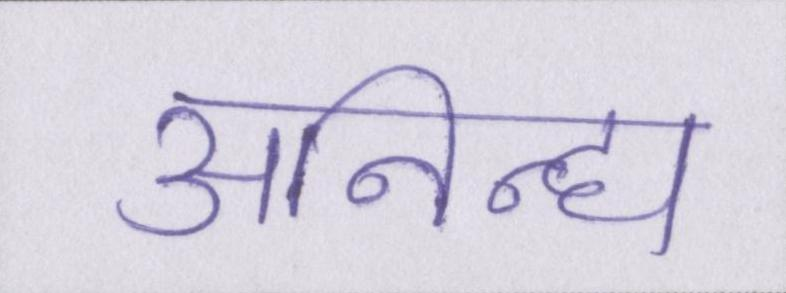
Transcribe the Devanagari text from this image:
अनिन्द्य